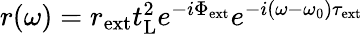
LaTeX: \begin{array}{r}{r(\omega)=r_{\mathrm{ext}}t_{\mathrm{L}}^{2}e^{-i\Phi_{\mathrm{ext}}}e^{-i(\omega-\omega_{0})\tau_{\mathrm{ext}}}}\end{array}